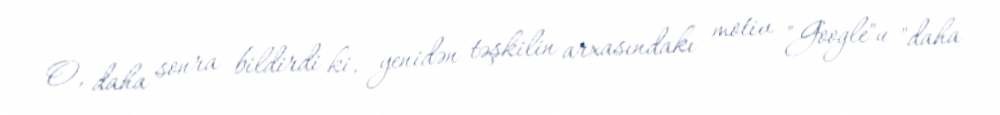
O, daha sonra bildirdi ki, yenidən təşkilin arxasındakı motiv "Google"u "daha